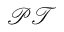
\mathcal { P T }